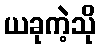
ယခုကဲ့သို